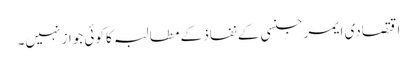
اقتصادی ایمرجنسی کے نفاذ کے مطالبہ کا کوئی جواز نہیں۔